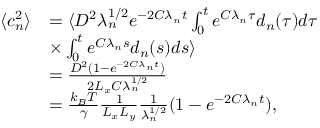
\begin{array} { r l } { \langle c _ { n } ^ { 2 } \rangle } & { = \langle D ^ { 2 } \lambda _ { n } ^ { 1 / 2 } e ^ { - 2 C \lambda _ { n } t } \int _ { 0 } ^ { t } e ^ { C \lambda _ { n } \tau } d _ { n } ( \tau ) d \tau } \\ & { \times \int _ { 0 } ^ { t } e ^ { C \lambda _ { n } s } d _ { n } ( s ) d s \rangle } \\ & { = \frac { D ^ { 2 } ( 1 - e ^ { - 2 C \lambda _ { n } t } ) } { 2 L _ { x } C \lambda _ { n } ^ { 1 / 2 } } } \\ & { = \frac { k _ { B } T } { \gamma } \frac { 1 } { L _ { x } L _ { y } } \frac { 1 } { \lambda _ { n } ^ { 1 / 2 } } ( 1 - e ^ { - 2 C \lambda _ { n } t } ) , } \end{array}